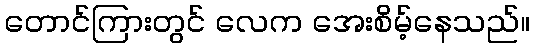
တောင်ကြားတွင် လေက အေးစိမ့်နေသည်။